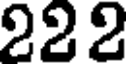
222